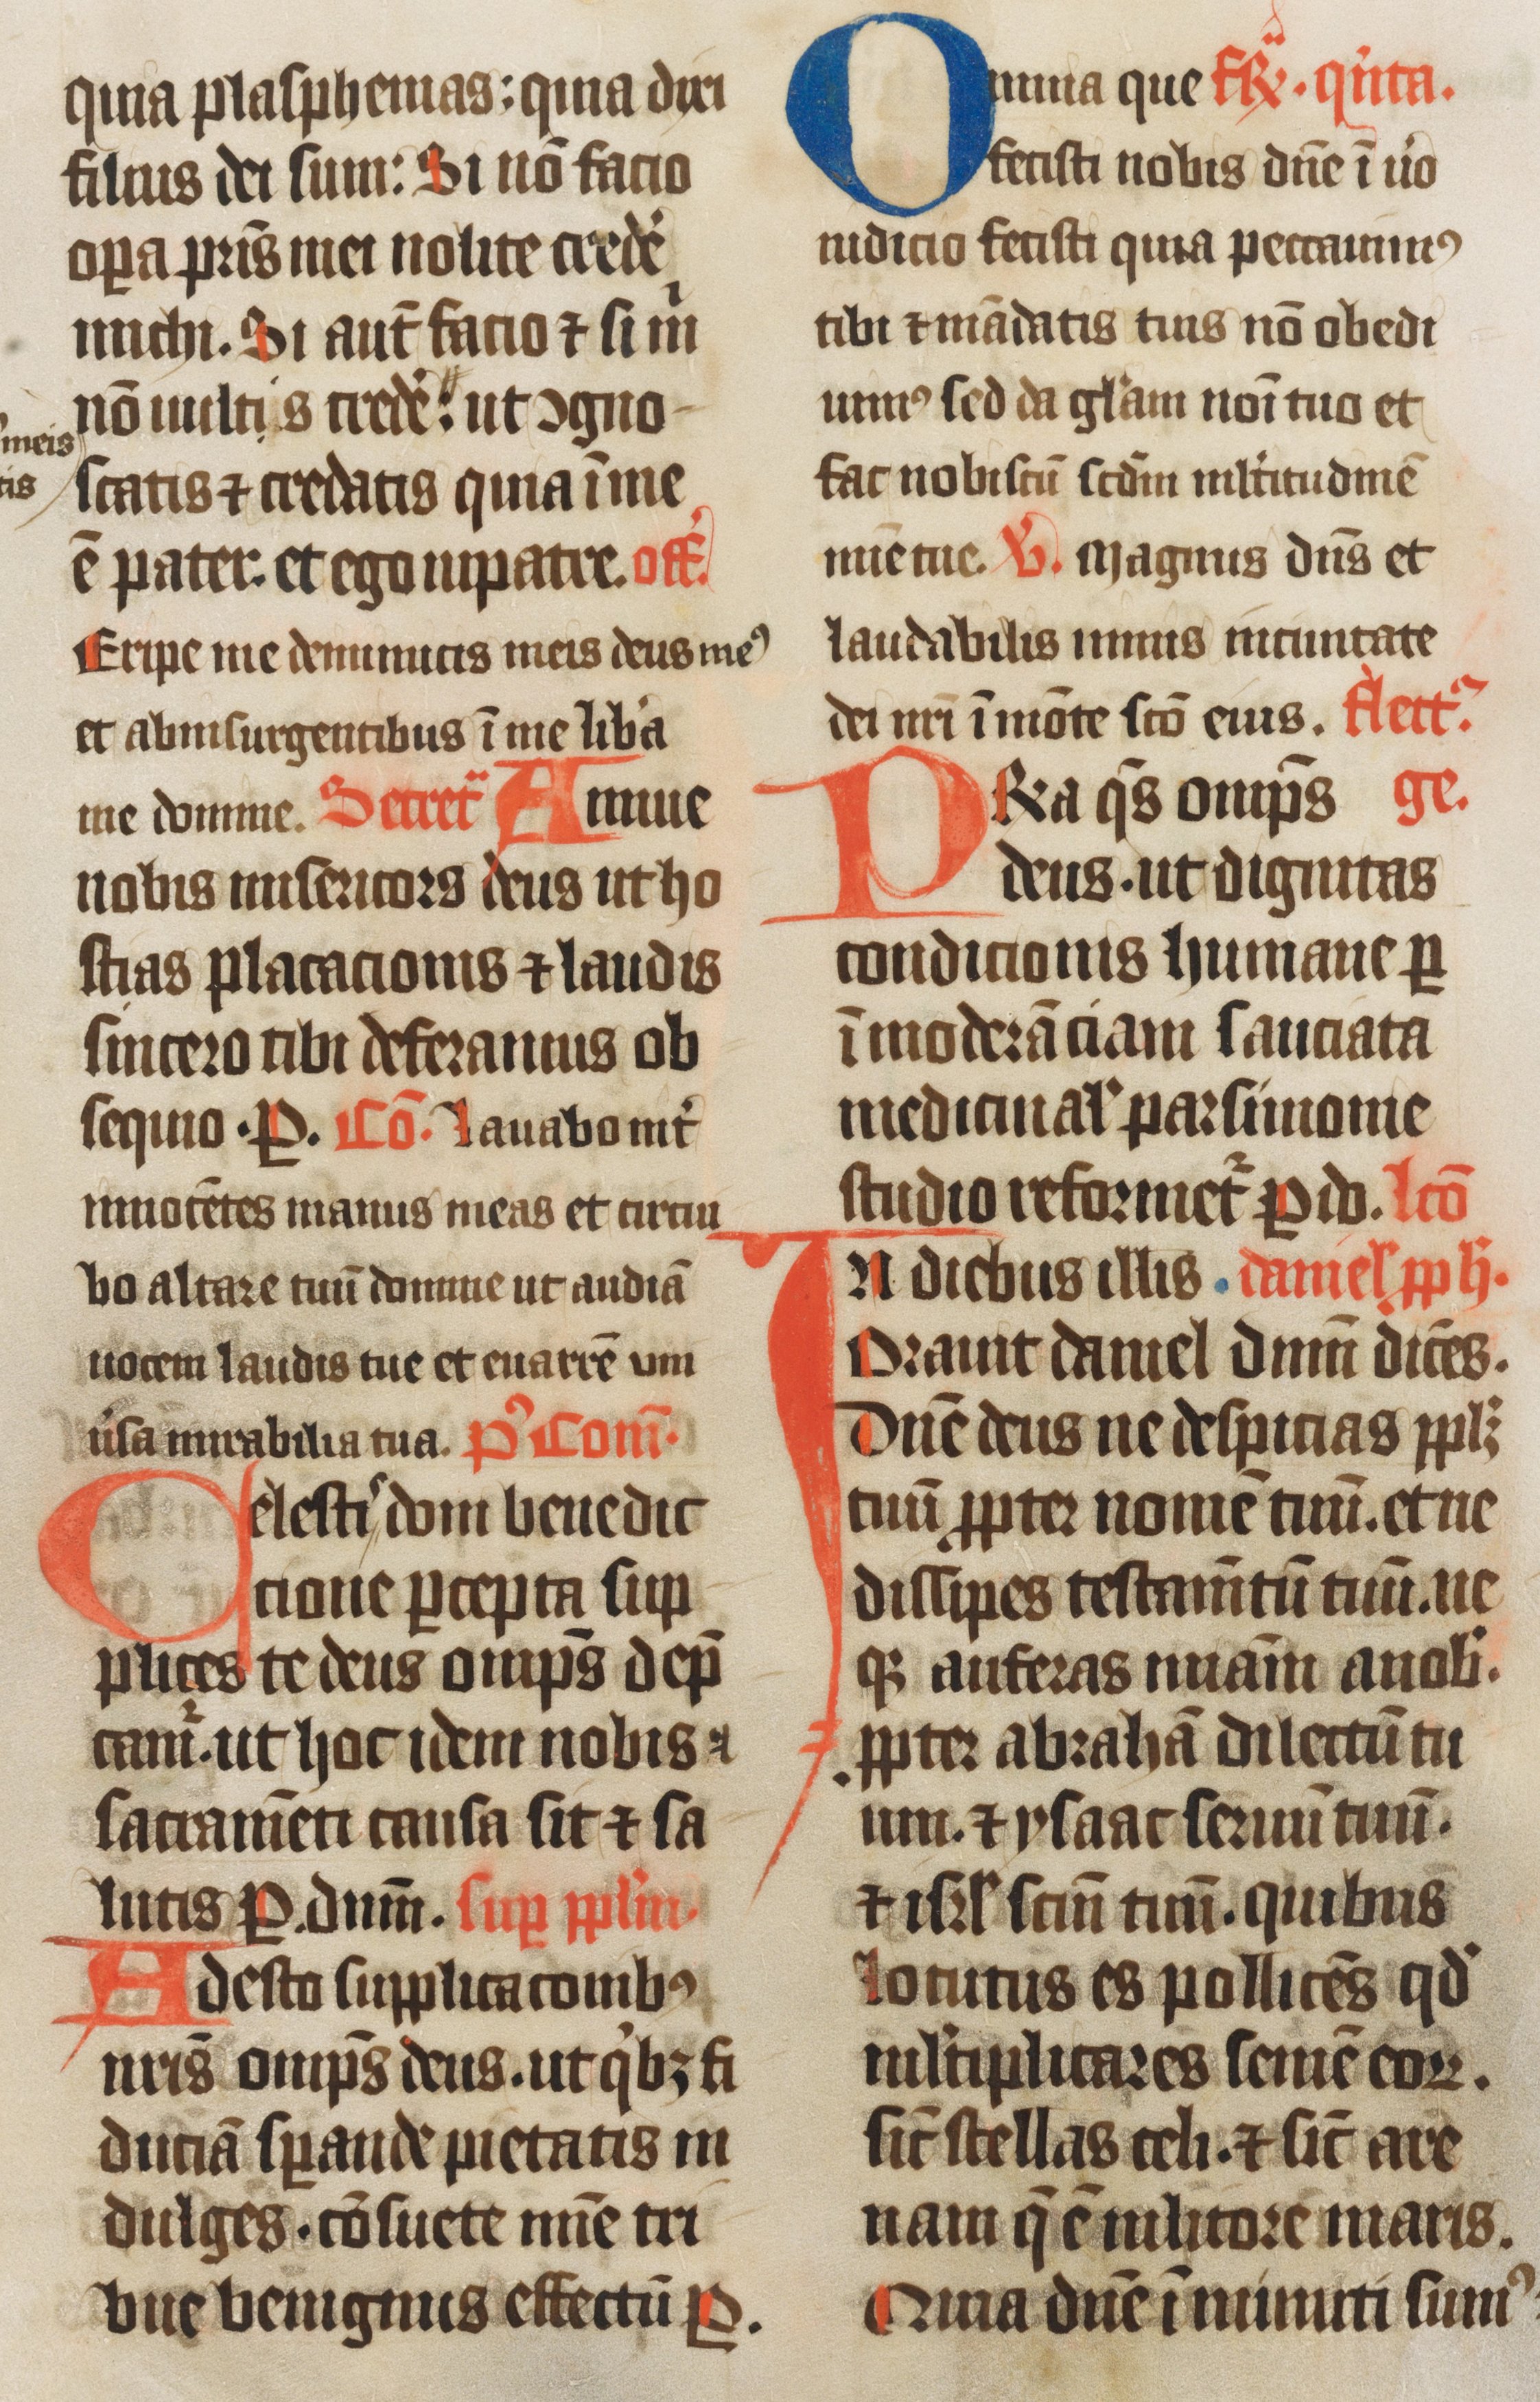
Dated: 1438–1439